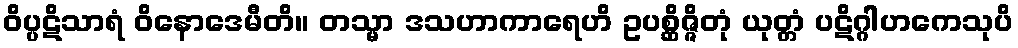
ဝိပ္ပဋိသာရံ ဝိနောဒေမီတိ။ တသ္မာ ဒသဟာကာရေဟိ ဥပစ္ဆိဇ္ဇိတုံ ယုတ္တံ ပဋိဂ္ဂါဟကေသုပိ